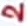
Text: 2